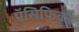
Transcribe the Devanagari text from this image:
पॅसिफिको